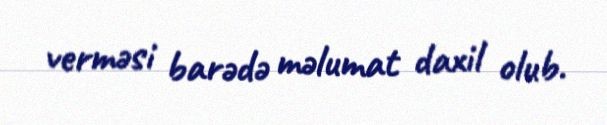
verməsi barədə məlumat daxil olub.